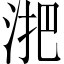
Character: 𬇫